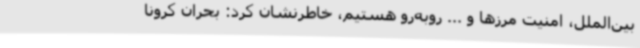
بین‌الملل، امنیت مرزها و ... روبه‌رو هستیم، خاطرنشان کرد: بحران کرونا